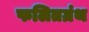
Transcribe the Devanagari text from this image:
फलितग्रंथ